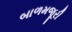
બાળમજૂરી